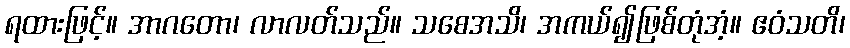
ရထားဖြင့်။ အာဂတော၊ လာလတ်သည်။ သစေအသိ၊ အကယ်၍ဖြစ်တုံအံ့။ ဧဝံသတိ၊